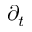
\partial _ { t }